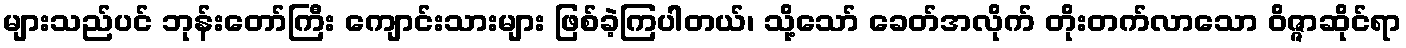
များသည်ပင် ဘုန်းတော်ကြီး ကျောင်းသားများ ဖြစ်ခဲ့ကြပါတယ်၊ သို့သော် ခေတ်အလိုက် တိုးတက်လာသော ဝိဇ္ဇာဆိုင်ရာ